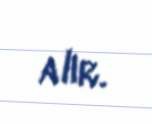
alır.